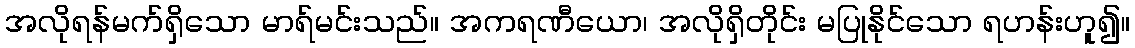
အလိုရန်မက်ရှိသော မာရ်မင်းသည်။ အကရဏီယော၊ အလိုရှိတိုင်း မပြုနိုင်သော ရဟန်းဟူ၍။